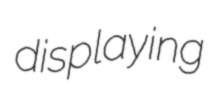
displaying